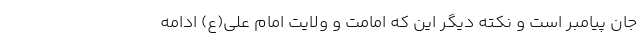
جان پیامبر است و نکته دیگر این که امامت و ولایت امام علی(ع) ادامه